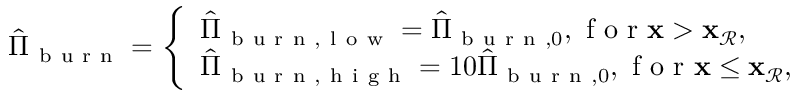
\begin{array} { r } { \hat { \Pi } _ { \mathrm { ~ b ~ u ~ r ~ n ~ } } = \left\{ \begin{array} { l l } { \hat { \Pi } _ { \mathrm { ~ b ~ u ~ r ~ n ~ } , \mathrm { ~ l ~ o ~ w ~ } } = \hat { \Pi } _ { \mathrm { ~ b ~ u ~ r ~ n ~ } , 0 } , \mathrm { ~ f ~ o ~ r ~ } \mathbf { x } > \mathbf { x } _ { \mathcal { R } } , } \\ { \hat { \Pi } _ { \mathrm { ~ b ~ u ~ r ~ n ~ } , \mathrm { ~ h ~ i ~ g ~ h ~ } } = 1 0 \hat { \Pi } _ { \mathrm { ~ b ~ u ~ r ~ n ~ } , 0 } , \mathrm { ~ f ~ o ~ r ~ } \mathbf { x } \le \mathbf { x } _ { \mathcal { R } } , } \end{array} \right. } \end{array}